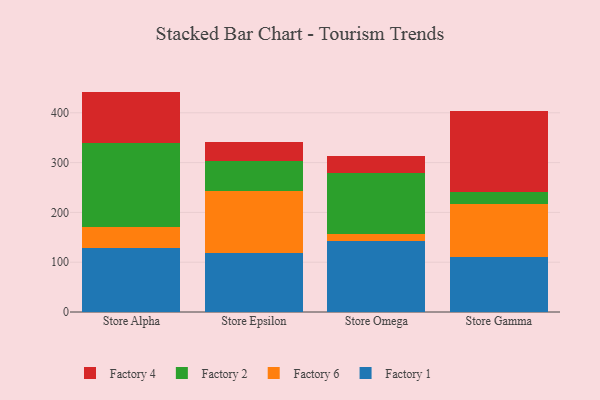
{"axis": {"x": "Store", "y": "Backlog"}, "legend": ["Factory 1", "Factory 2", "Factory 4", "Factory 6"], "data": [{"x": "Store Alpha", "y": 128.2, "type": "Factory 1"}, {"x": "Store Alpha", "y": 42.4, "type": "Factory 6"}, {"x": "Store Alpha", "y": 169.3, "type": "Factory 2"}, {"x": "Store Alpha", "y": 102.7, "type": "Factory 4"}, {"x": "Store Epsilon", "y": 119.3, "type": "Factory 1"}, {"x": "Store Epsilon", "y": 123.3, "type": "Factory 6"}, {"x": "Store Epsilon", "y": 60.0, "type": "Factory 2"}, {"x": "Store Epsilon", "y": 38.2, "type": "Factory 4"}, {"x": "Store Omega", "y": 142.9, "type": "Factory 1"}, {"x": "Store Omega", "y": 13.7, "type": "Factory 6"}, {"x": "Store Omega", "y": 123.2, "type": "Factory 2"}, {"x": "Store Omega", "y": 33.3, "type": "Factory 4"}, {"x": "Store Gamma", "y": 110.4, "type": "Factory 1"}, {"x": "Store Gamma", "y": 107.2, "type": "Factory 6"}, {"x": "Store Gamma", "y": 23.8, "type": "Factory 2"}, {"x": "Store Gamma", "y": 161.4, "type": "Factory 4"}]}